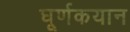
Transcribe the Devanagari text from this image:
घूर्णकयान